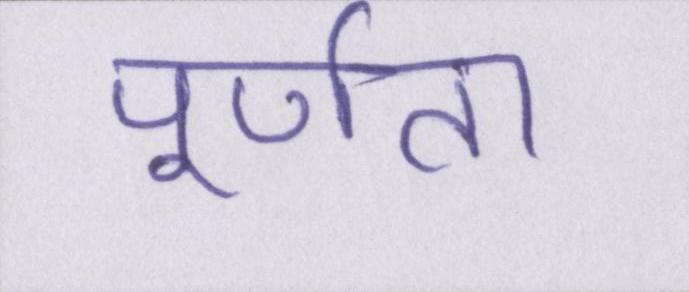
पूर्णता